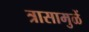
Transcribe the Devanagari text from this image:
त्रासामुळें